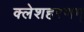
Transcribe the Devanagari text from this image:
क्लेशहरणम्